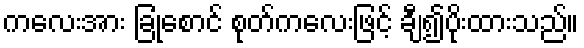
ကလေးအား ခြုံစောင် စုတ်ကလေးဖြင့် ချီ၍ပိုးထားသည်။